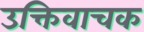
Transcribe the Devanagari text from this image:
उक्तिवाचक